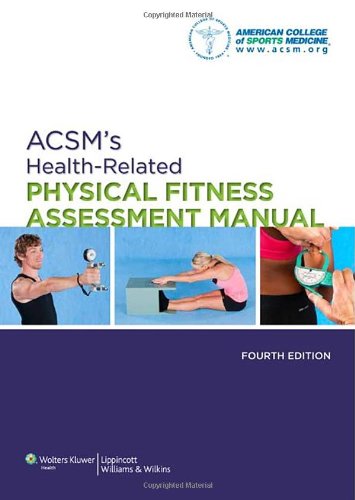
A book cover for ACSM's Health-Related Physical Fitness Assessment Manual; American College of Sports Medicine; Medical Books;